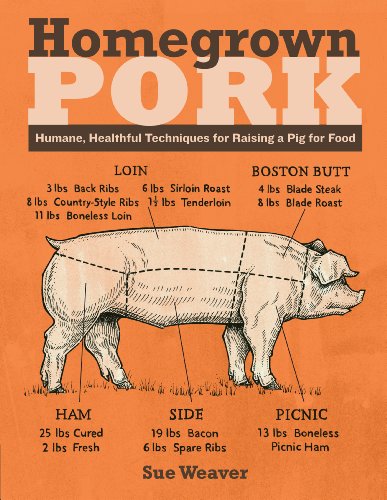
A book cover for Homegrown Pork: Humane, Healthful Techniques for Raising a Pig for Food; Sue Weaver; Cookbooks, Food & Wine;